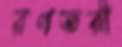
রণতরী